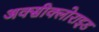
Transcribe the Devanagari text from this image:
अक्‍सीक्‍लोराइड